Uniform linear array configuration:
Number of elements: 8
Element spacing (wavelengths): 0.75
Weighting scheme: blackman
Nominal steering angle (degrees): -30
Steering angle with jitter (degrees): -29.623
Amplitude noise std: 0.05
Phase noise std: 0.05

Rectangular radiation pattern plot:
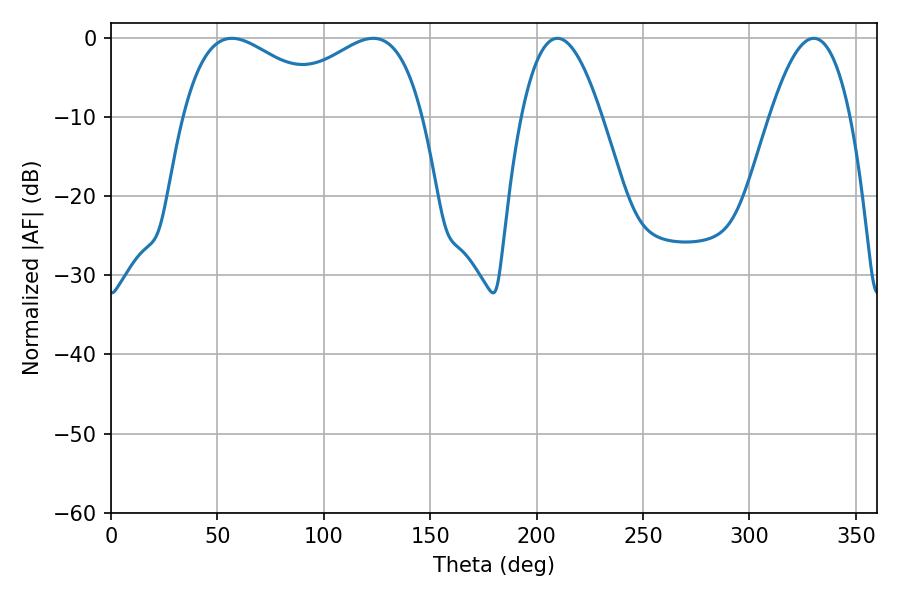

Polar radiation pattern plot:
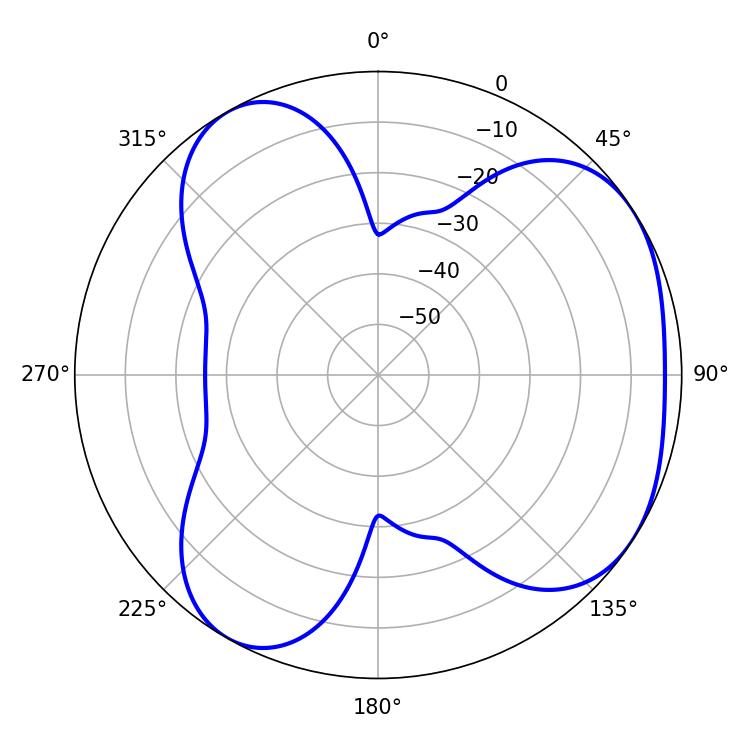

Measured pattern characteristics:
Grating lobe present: TRUE
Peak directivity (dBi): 4.439
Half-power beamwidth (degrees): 39.96
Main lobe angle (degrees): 56.88